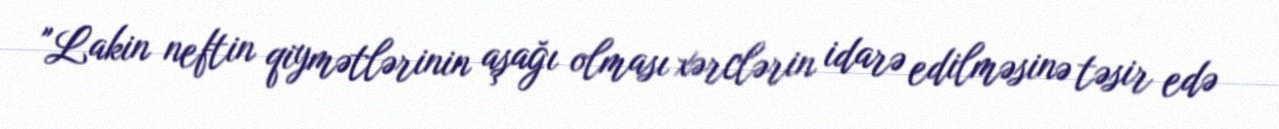
"Lakin neftin qiymətlərinin aşağı olması xərclərin idarə edilməsinə təsir edə